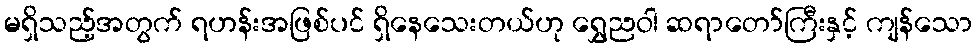
မရှိသည့်အတွက် ရဟန်းအဖြစ်ပင် ရှိနေသေးတယ်ဟု ရွှေညဝါ ဆရာတော်ကြီးနှင့် ကျန်သော